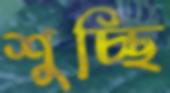
শুচ্ছি